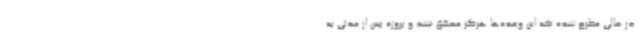
در حالی مطرح شده که این وعده‌ها هرگز محقق نشد و پروژه پس از مدتی به